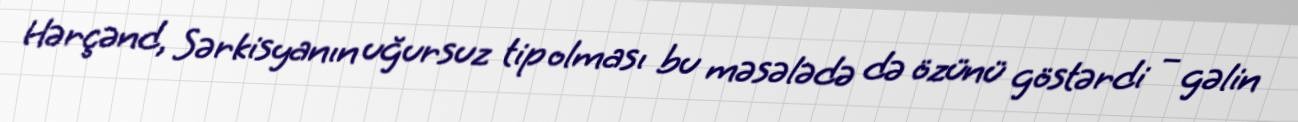
Hərçənd, Sərkisyanın uğursuz tip olması bu məsələdə də özünü göstərdi – gəlin